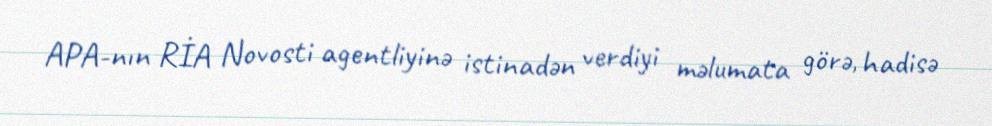
APA-nın RİA Novosti agentliyinə istinadən verdiyi məlumata görə, hadisə